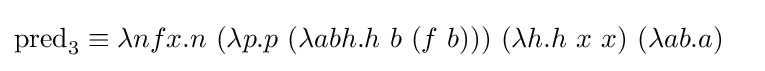
{\begin{aligned}\operatorname {pred} _{3}\equiv \lambda nfx.n\ &(\lambda p.p\ (\lambda abh.h\ b\ (f\ b)))\,\,(\lambda h.h\ x\ x)\,\,(\lambda ab.a)\end{aligned}}